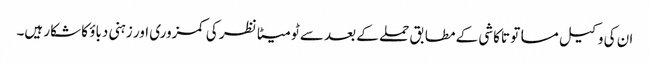
ان کی وکیل مساتو تاکاشی کے مطابق حملے کے بعد سے ٹومیٹا نظر کی کمزوری اور زہنی دباؤ کا شکار ہیں۔